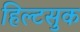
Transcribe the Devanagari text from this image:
हिल्टसुक